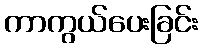
ကာကွယ်ပေးခြင်း